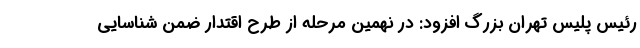
رئیس پلیس تهران بزرگ افزود: در نهمین مرحله از طرح اقتدار ضمن شناسایی